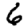
Digit: 6